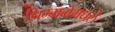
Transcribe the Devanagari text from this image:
झिम्बाब्वेमधले